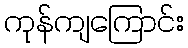
ကုန်ကျကြောင်း